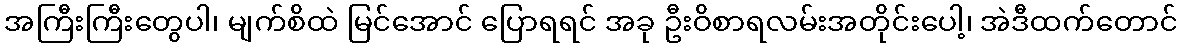
အကြီးကြီးတွေပါ၊ မျက်စိထဲ မြင်အောင် ပြောရရင် အခု ဦးဝိစာရလမ်းအတိုင်းပေါ့၊ အဲဒီထက်တောင်